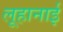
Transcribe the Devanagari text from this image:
लूहानाई